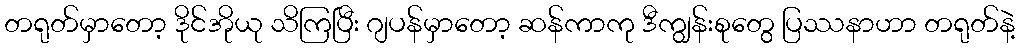
တရုတ်မှာတော့ ဒိုင်အိုယု သိကြပြီး ဂျပန်မှာတော့ ဆန်ကာကု ဒီကျွန်းစုတွေ ပြဿနာဟာ တရုတ်နဲ့